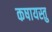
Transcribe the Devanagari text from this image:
कषायस्तु